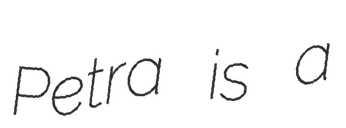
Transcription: Petra is a